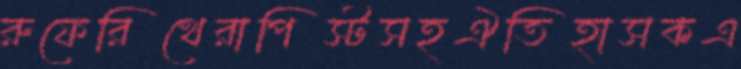
রুফেরিথেরাপিস্টসহঐতিহাসকএ